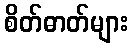
စိတ်ဓာတ်များ